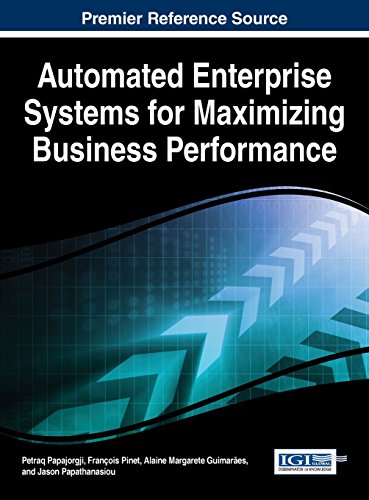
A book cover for Automated Enterprise Systems for Maximizing Business Performance (Advances in Business Information Systems and Analytics); Petraq Papajorgji; Computers & Technology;